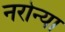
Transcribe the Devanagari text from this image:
नरोन्या